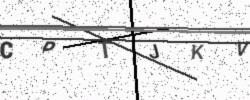
Text: CPTJKV